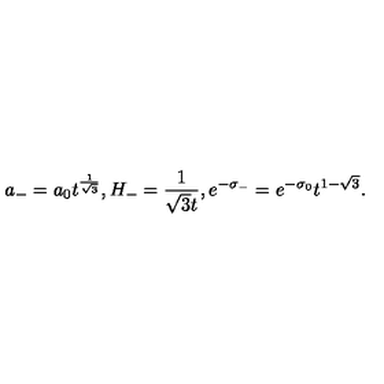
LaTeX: a _ { - } = a _ { 0 } t ^ { \frac { 1 } { \sqrt { 3 } } } , H _ { - } = \frac { 1 } { \sqrt { 3 } t } , e ^ { - \sigma _ { - } } = e ^ { - \sigma _ { 0 } } t ^ { 1 - \sqrt { 3 } } .